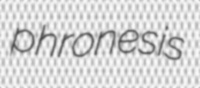
phronesis